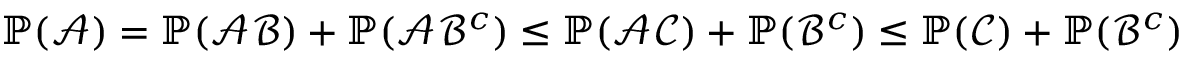
\begin{array} { r } { \operatorname { \mathbb P } ( \mathcal { A } ) = \operatorname { \mathbb P } ( \mathcal { A } \mathcal { B } ) + \operatorname { \mathbb P } ( \mathcal { A } \mathcal { B } ^ { c } ) \le \operatorname { \mathbb P } ( \mathcal { A } \mathcal { C } ) + \operatorname { \mathbb P } ( \mathcal { B } ^ { c } ) \le \operatorname { \mathbb P } ( \mathcal { C } ) + \operatorname { \mathbb P } ( \mathcal { B } ^ { c } ) } \end{array}